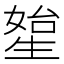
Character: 𤯯